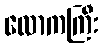
လောကကြီး